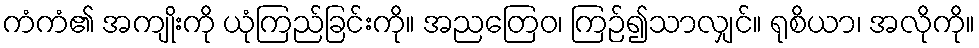
ကံကံ၏ အကျိုးကို ယုံကြည်ခြင်းကို။ အညတြေဝ၊ ကြဉ်၍သာလျှင်။ ရုစိယာ၊ အလိုကို။